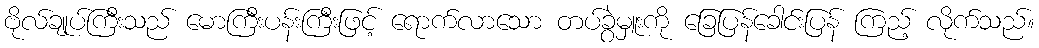
ဗိုလ်ချုပ်ကြီးသည် မောကြီးပန်းကြီးဖြင့် ရောက်လာသော တပ်ခွဲမှူးကို ခြေပြန်ခေါင်းပြန် ကြည့် လိုက်သည်။